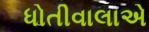
ધોતીવાલાએ